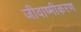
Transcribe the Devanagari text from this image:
जीवाष्मीकरण